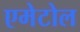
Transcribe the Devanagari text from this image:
एमेटोल